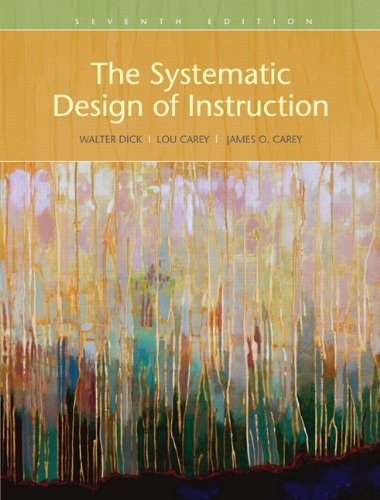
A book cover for The Systematic Design of Instruction; Walter Dick; Education & Teaching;